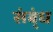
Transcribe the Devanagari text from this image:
संब्ंध